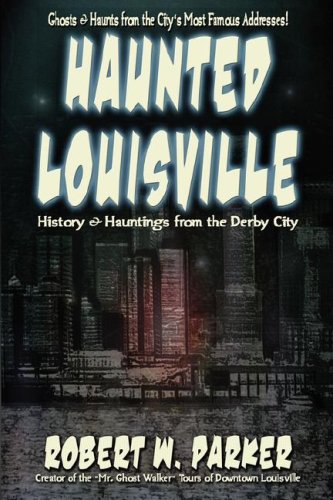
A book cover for Haunted Louisville; Robert W. Parker; Travel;